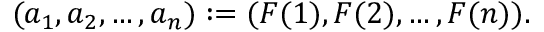
( a _ { 1 } , a _ { 2 } , \dots , a _ { n } ) : = ( F ( 1 ) , F ( 2 ) , \dots , F ( n ) ) .